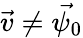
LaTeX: \vec{v}\neq\vec{\psi_{0}}